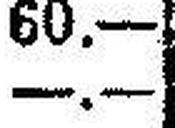
—.—